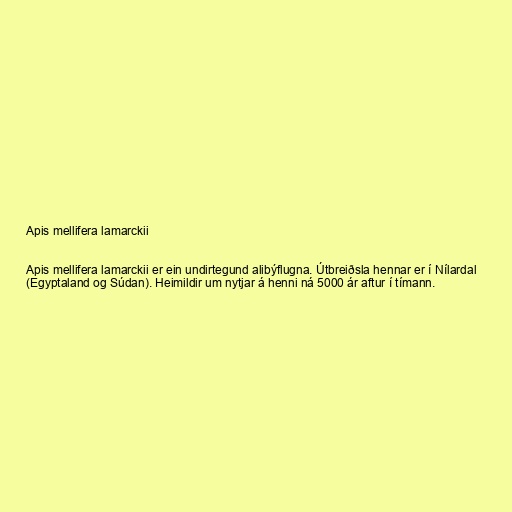
Apis mellifera lamarckii

Apis mellifera lamarckii er ein undirtegund alibýflugna. Útbreiðsla hennar er í Nílardal
(Egyptaland og Súdan). Heimildir um nytjar á henni ná 5000 ár aftur í tímann.